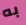
به